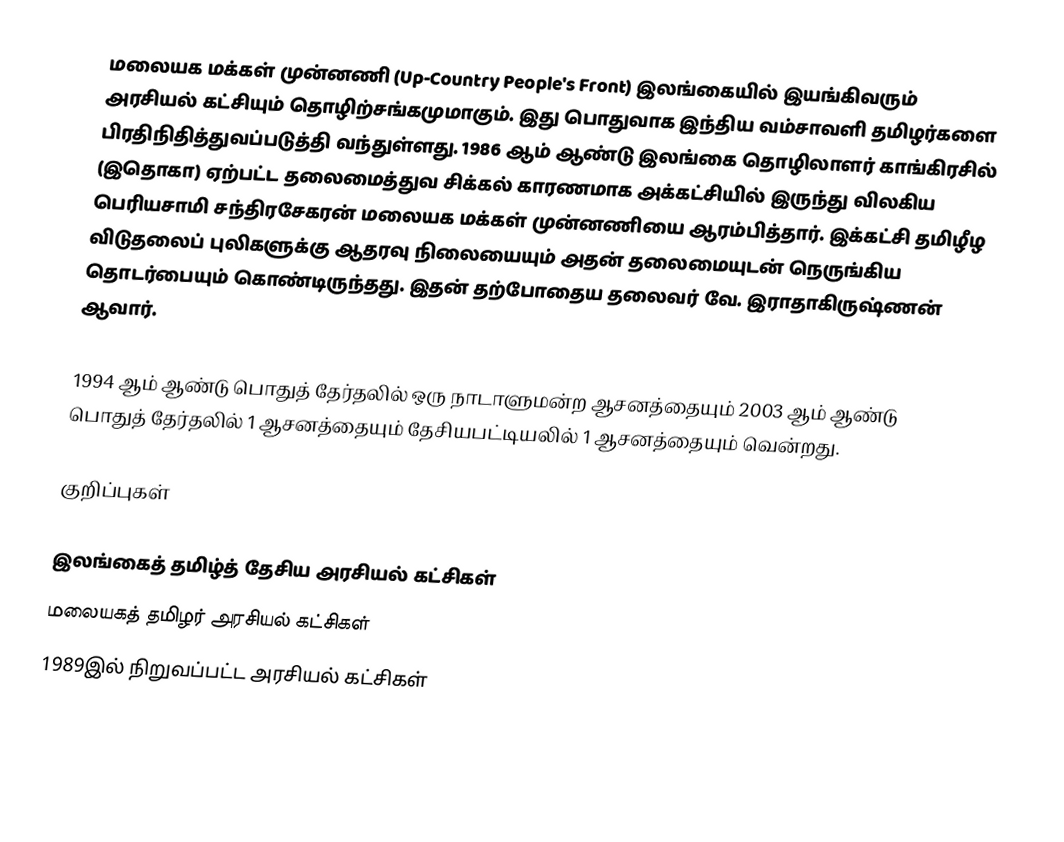
மலையக மக்கள் முன்னணி (Up-Country People's Front) இலங்கையில் இயங்கிவரும் அரசியல் கட்சியும் தொழிற்சங்கமுமாகும். இது பொதுவாக இந்திய வம்சாவளி தமிழர்களை பிரதிநிதித்துவப்படுத்தி வந்துள்ளது. 1986 ஆம் ஆண்டு இலங்கை தொழிலாளர் காங்கிரசில் (இதொகா) ஏற்பட்ட தலைமைத்துவ சிக்கல் காரணமாக அக்கட்சியில் இருந்து விலகிய பெரியசாமி சந்திரசேகரன் மலையக மக்கள் முன்னணியை ஆரம்பித்தார். இக்கட்சி தமிழீழ விடுதலைப் புலிகளுக்கு ஆதரவு நிலையையும் அதன் தலைமையுடன் நெருங்கிய தொடர்பையும் கொண்டிருந்தது. இதன் தற்போதைய தலைவர் வே. இராதாகிருஷ்ணன் ஆவார்.

1994 ஆம் ஆண்டு பொதுத் தேர்தலில் ஒரு நாடாளுமன்ற ஆசனத்தையும் 2003 ஆம் ஆண்டு பொதுத் தேர்தலில் 1 ஆசனத்தையும் தேசியபட்டியலில் 1 ஆசனத்தையும் வென்றது.

குறிப்புகள்

இலங்கைத் தமிழ்த் தேசிய அரசியல் கட்சிகள்
மலையகத் தமிழர் அரசியல் கட்சிகள்
1989இல் நிறுவப்பட்ட அரசியல் கட்சிகள்